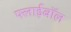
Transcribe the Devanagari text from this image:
फ्लाईबॉल